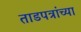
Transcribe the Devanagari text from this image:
ताडपत्रांच्या